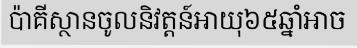
ប៉ាគីស្ថានចូលនិវត្តន៍អាយុ៦៥ឆ្នាំអាច